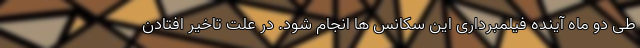
طی دو ماه آینده فیلمبرداری این سکانس ها انجام شود. در علت تاخیر افتادن